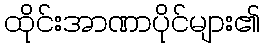
ထိုင်းအာဏာပိုင်များ၏